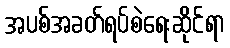
အပစ်အခတ်ရပ်စဲရေးဆိုင်ရာ